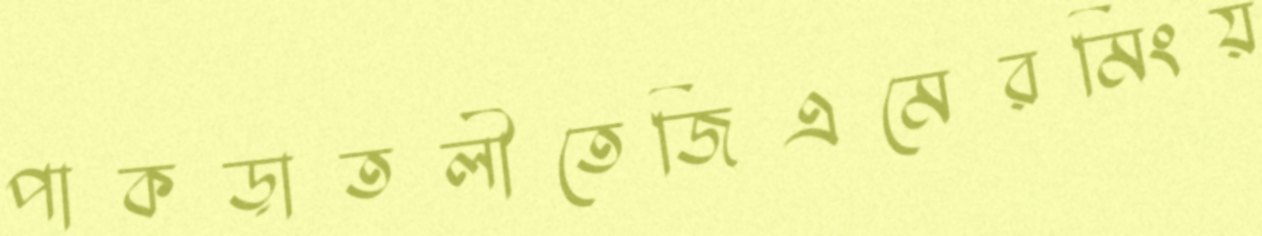
পাকড়াতলীতেজিএমেরমিংয়